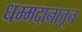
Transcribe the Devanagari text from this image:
धम्मदानातून